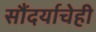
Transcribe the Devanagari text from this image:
सौंदर्याचेही